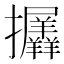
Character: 𢺟